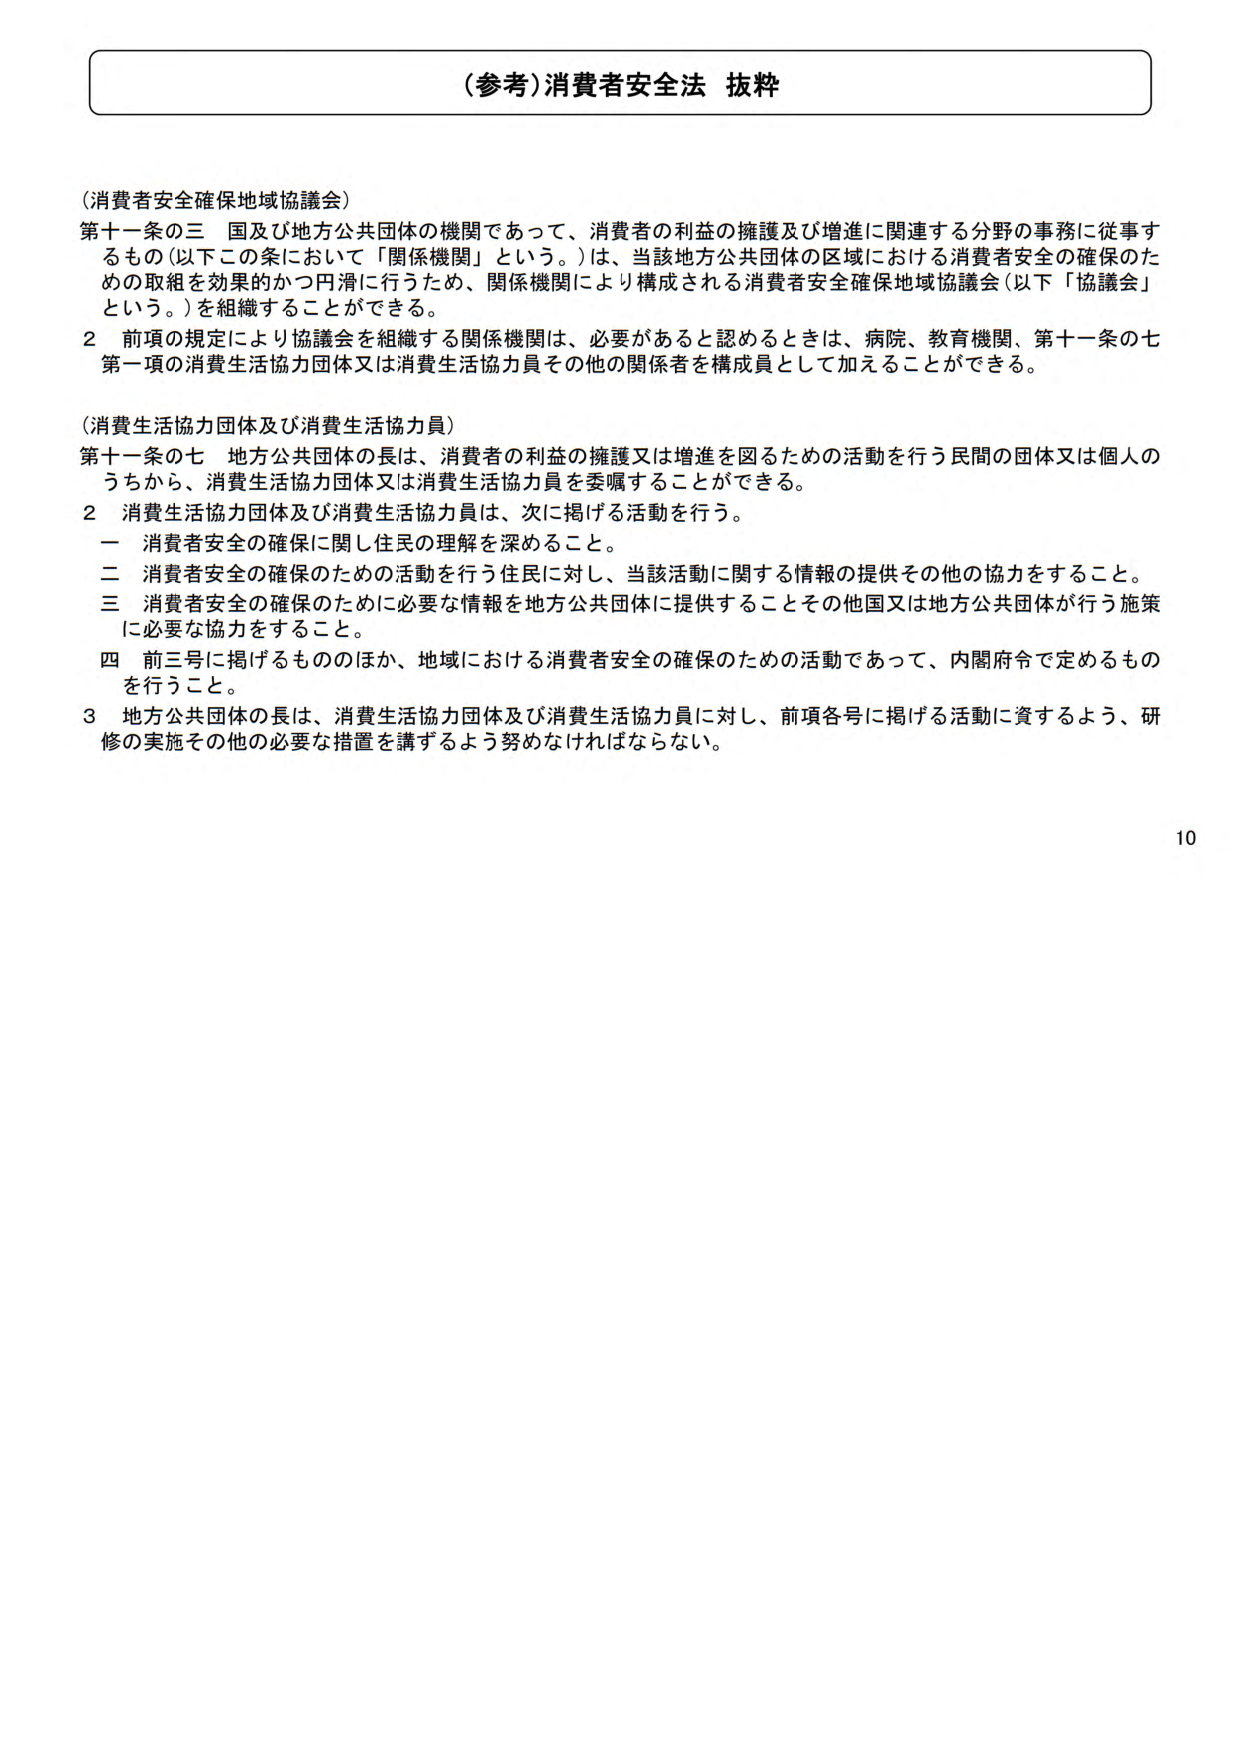
(参考)消費者安全法 抜粋

(消費者安全確保地域協議会)
第十一条の三 国及び地方公共団体の機関であって、消費者の利益の擁護及び増進に関連する分野の事務に従事するもの（以下この条において「関係機関」という。）は、当該地方公共団体の区域における消費者安全の確保のための取組を効果的かつ円滑に行うため、関係機関により構成される消費者安全確保地域協議会（以下「協議会」という。）を組織することができる。
2 前項の規定により協議会を組織する関係機関は、必要があると認めるときは、病院、教育機関、第十一条の七第一項の消費生活協力団体又は消費生活協力員その他の関係者を構成員として加えることができる。

(消費生活協力団体及び消費生活協力員)
第十一条の七 地方公共団体の長は、消費者の利益の擁護又は増進を図るための活動を行う民間の団体又は個人のうちから、消費生活協力団体又は消費生活協力員を委嘱することができる。
2 消費生活協力団体及び消費生活協力員は、次に掲げる活動を行う。
一 消費者安全の確保に関し住民の理解を深めること。
二 消費者安全の確保のための活動を行う住民に対し、当該活動に関する情報の提供その他の協力をすること。
三 消費者安全の確保のために必要な情報を地方公共団体に提供することその他国又は地方公共団体が行う施策に必要な協力をすること。
四 前三号に掲げるもののほか、地域における消費者安全の確保のための活動であって、内閣府令で定めるものを行うこと。
3 地方公共団体の長は、消費生活協力団体及び消費生活協力員に対し、前項各号に掲げる活動に資するよう、研修の実施その他の必要な措置を講ずるよう努めなければならない。

10